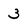
Character: 3